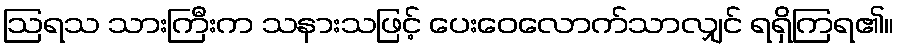
ဩရသ သားကြီးက သနားသဖြင့် ပေးဝေလောက်သာလျှင် ရရှိကြရ၏။